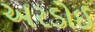
અરડોઈ